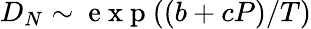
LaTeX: D_{N}\sim\mathrm{~e~x~p~}((b+cP)/T)